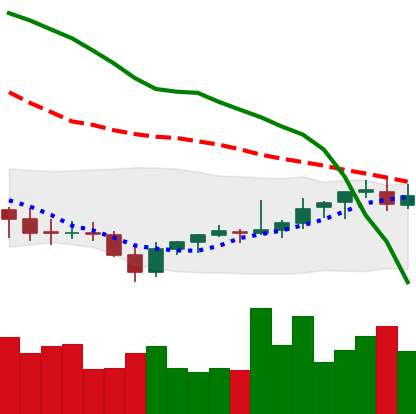
Ticker: EOS-USD
Chart end date: 2021-08-02
Forward return: 13.848%
Label: up_7plus